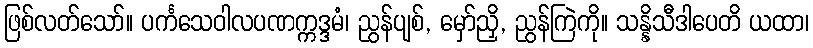
ဖြစ်လတ်သော်။ ပင်္ကသေဝါလပဏက္ကဒ္ဒမံ၊ ညွန်ပျစ်, မှော်ညှိ, ညွန်ကြဲကို။ သန္နိသီဒါပေတိ ယထာ၊